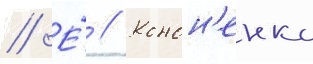
// Е́ // Конон'енко